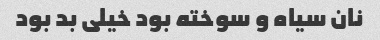
نان سیاه و سوخته بود خیلی بد بود